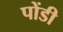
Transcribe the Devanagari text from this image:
पोंडी